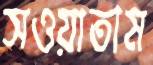
সওয়াতাম